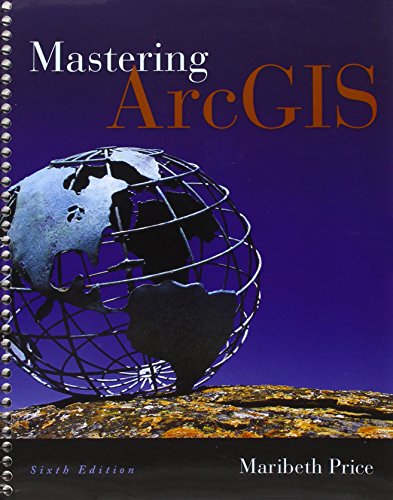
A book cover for Mastering ArcGIS with Video Clips DVD-ROM; Maribeth Price; Engineering & Transportation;